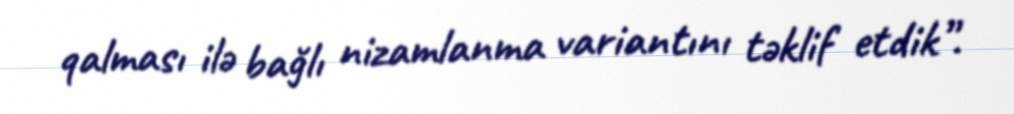
qalması ilə bağlı nizamlanma variantını təklif etdik”.